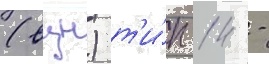
(вцн) т'и́п 14 -